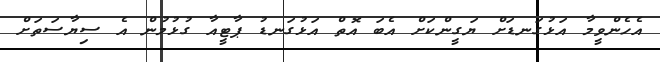
އެހެންވީމާ އަޅުގަނޑަށް ޔަގީންކަށް އެބަ އޮތް އަޅުގަނޑު ޕާޓީއާ ގުޅުމުން އެ ސިޔާސަތަށް